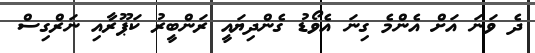
ދެ ވަނަ އަށް އެންމެ ގިނަ އެވޯޑު ގެންދިޔައީ ރަންބީރު ކަޕޫރާއި ނަރްގިސް